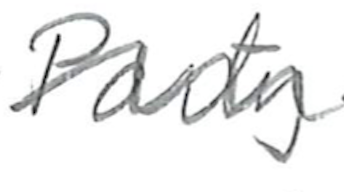
Text: Party
Cross-out: wave
Writing tool: pencil